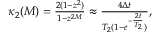
\begin{array} { r } { \kappa _ { 2 } ( M ) = \frac { 2 ( 1 - z ^ { 2 } ) } { 1 - z ^ { 2 M } } \approx \frac { 4 \Delta t } { T _ { 2 } ( 1 - e ^ { - \frac { 2 t } { T _ { 2 } } } ) } , } \end{array}